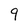
Character: 9